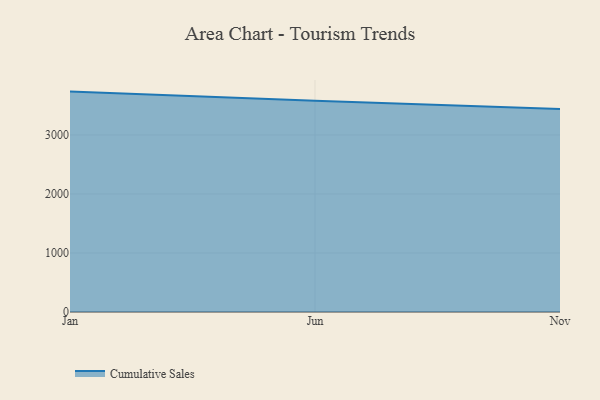
{"axis": {"x": "Month", "y": "Conversion Rate (%)"}, "legend": ["Cumulative Sales"], "data": [{"x": "Jan", "y": 3735.0, "type": "Cumulative Sales"}, {"x": "Jun", "y": 3578.0, "type": "Cumulative Sales"}, {"x": "Nov", "y": 3438.7, "type": "Cumulative Sales"}]}